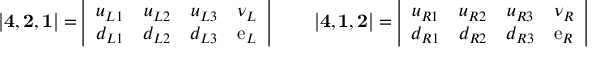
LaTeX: { \bf | 4 , 2 , 1 | = } \left| \begin{array} { c c c c } { { u _ { L 1 } } } & { { u _ { L 2 } } } & { { u _ { L 3 } } } & { { \nu _ { L } } } \\ { { d _ { L 1 } } } & { { d _ { L 2 } } } & { { d _ { L 3 } } } & { { \mathrm { e } _ { L } } } \end{array} \right| \ \ \ \ \ \ { \bf | 4 , 1 , 2 | = } \left| \begin{array} { c c c c } { { u _ { R 1 } } } & { { u _ { R 2 } } } & { { u _ { R 3 } } } & { { \nu _ { R } } } \\ { { d _ { R 1 } } } & { { d _ { R 2 } } } & { { d _ { R 3 } } } & { { \mathrm { e } _ { R } } } \end{array} \right|